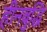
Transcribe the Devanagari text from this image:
हीनबुद्धि